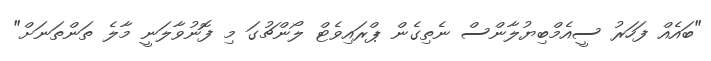
"ބައެއް ފަހަރު ސީއެމްބިޔުލާންސް ނެތިގެން ޕްރައިވެޓް ލޯންޗުގަ މި ފޮނުވާލަނީ މާލެ ތަންތަނަށް"